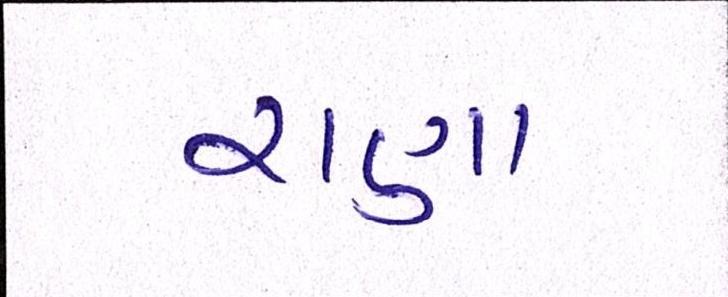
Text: રાણા